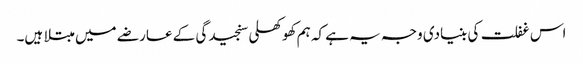
اس غفلت کی بنیادی وجہ یہ ہے کہ ہم کھوکھلی سنجیدگی کے عارضے میں مبتلا ہیں۔